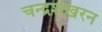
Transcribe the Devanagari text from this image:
चन्‍द्रशेखरन